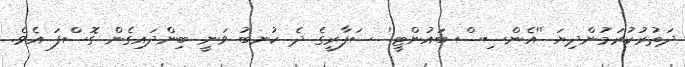
ދަތުރުކުރަމުންދިޔަ ''އެންސިސް ބައުންޓީ'' ސަފާރީގެ ދެ ކުނބު ވަނީ ބިންދައިގެން ގޮސްފަ އެވެ.